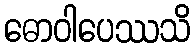
ဓောဝါပေဿသိ